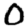
Digit: 0